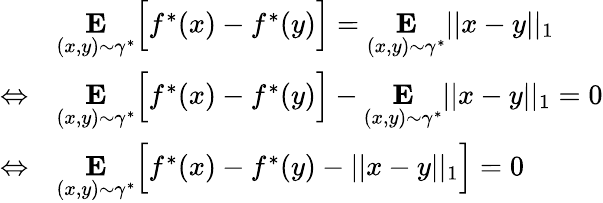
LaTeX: \begin{array}{rl}{}&{\underset{(x,y)\sim\gamma^{*}}{\mathbf{E}}\Big[f^{*}(x)-f^{*}(y)\Big]=\underset{(x,y)\sim\gamma^{*}}{\mathbf{E}}||x-y||_{1}}\\ {\Leftrightarrow}&{\underset{(x,y)\sim\gamma^{*}}{\mathbf{E}}\Big[f^{*}(x)-f^{*}(y)\Big]-\underset{(x,y)\sim\gamma^{*}}{\mathbf{E}}||x-y||_{1}=0}\\ {\Leftrightarrow}&{\underset{(x,y)\sim\gamma^{*}}{\mathbf{E}}\Big[f^{*}(x)-f^{*}(y)-||x-y||_{1}\Big]=0}\end{array}